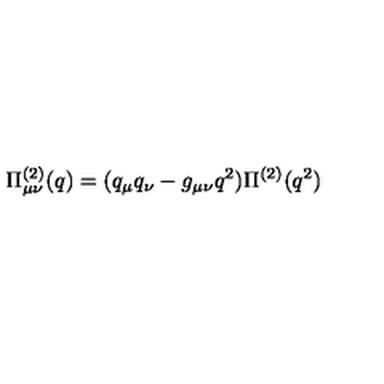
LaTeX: \Pi _ { \mu \nu } ^ { ( 2 ) } ( q ) = ( q _ { \mu } q _ { \nu } - g _ { \mu \nu } q ^ { 2 } ) \Pi ^ { ( 2 ) } ( q ^ { 2 } )